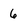
Character: 6